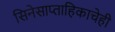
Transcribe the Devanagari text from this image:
सिनेसाप्ताहिकाचेही